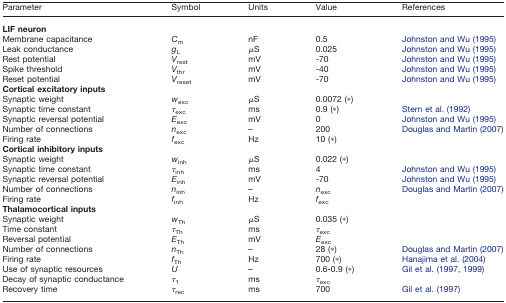
| Parameter | Symbol | Units | Value | References |
 | --- | --- | --- | --- | --- |
 | LIF neuron |  |  |  |  |
 | Membrane capacitance | Cm | nF | 0.5 | Johnston and Wu (1995) |
 | Leak conductance | gL | μS | 0.025 | Johnston and Wu (1995) |
 | Rest potential | Vrest | mV | -70 | Johnston and Wu (1995) |
 | Spike threshold | Vthr | mV | -40 | Johnston and Wu (1995) |
 | Reset potential | Vreset | mV | -70 | Johnston and Wu (1995) |
 | Cortical excitatory inputs |  |  |  |  |
 | Synaptic weight | wexc | μS | 0.0072 (*) |  |
 | Synaptic time constant | τexc | ms | 0.9 (*) | Stern et al. (1992) |
 | Synaptic reversal potential | Eexc | mV | 0 | Johnston and Wu (1995) |
 | Number of connections | nexc | – | 200 | Douglas and Martin (2007) |
 | Firing rate | fexc | Hz | 10 (*) |  |
 | Cortical inhibitory inputs |  |  |  |  |
 | Synaptic weight | winh | μS | 0.022 (*) |  |
 | Synaptic time constant | τinh | ms | 4 | Johnston and Wu (1995) |
 | Synaptic reversal potential | Einh | mV | -70 | Johnston and Wu (1995) |
 | Number of connections | ninh | – | nexc | Douglas and Martin (2007) |
 | Firing rate | finh | Hz | fexc |  |
 | Thalamocortical inputs |  |  |  |  |
 | Synaptic weight | wTh | μS | 0.035 (*) |  |
 | Time constant | τTh | ms | τexc |  |
 | Reversal potential | ETh | mV | Eexc |  |
 | Number of connections | nTh | – | 28 (*) | Douglas and Martin (2007) |
 | Firing rate | fTh | Hz | 700 (*) | Hanajima et al. (2004) |
 | Use of synaptic resources | U | – | 0.6-0.9 (*) | Gil et al. (1997, 1999) |
 | Decay of synaptic conductance | τ1 | ms | τexc |  |
 | Recovery time | τrec | ms | 700 | Gil et al. (1997) |